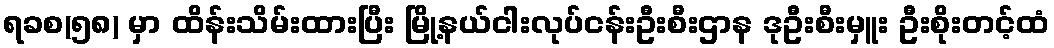
ရခစ(၅၈) မှာ ထိန်းသိမ်းထားပြီး မြို့နယ်ငါးလုပ်ငန်းဦးစီးဌာန ဒုဦးစီးမှူး ဦးစိုးတင့်ထံ